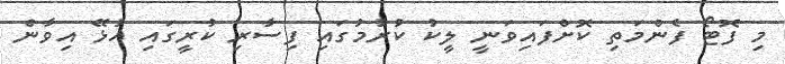
މި ފޮޓޯ ފެންމަތި ކޮށްފައިވަނީ ލީކު ކުރުމުގައި ފިސާރި ކުރީގައި އުޅޭ އިވާން